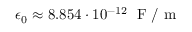
\epsilon _ { 0 } \approx 8 . 8 5 4 \cdot 1 0 ^ { - 1 2 } \; \mathrm { ~ F ~ } / \mathrm { ~ m ~ }